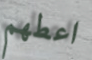
اعطهم